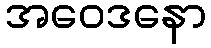
အဝေဒနော